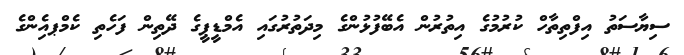
ސިޔާސަތު އިފްތިތާހް ކުރުމުގެ އިތުރުން އެބޭފުޅުންގެ މިދަތުރުގައި އެމްޑީޕީގެ ދޭތިން ފަހެތި ކެމްޕއެިންގެ